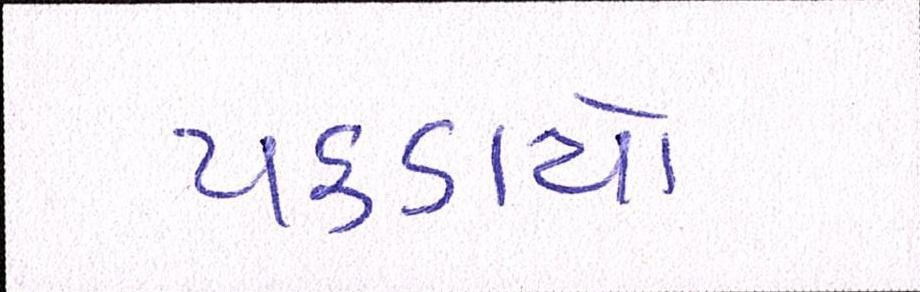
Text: પકડાયો